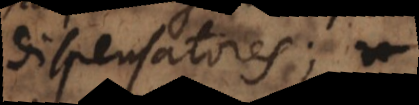
dispensatores;